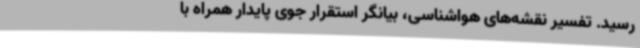
رسید. تفسیر نقشه‌های هواشناسی، بیانگر استقرار جوی پایدار همراه با